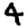
Digit: 4